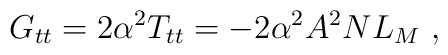
G_{tt}=2\alpha^2 T_{tt}=-2\alpha^2 A^2 N L_{M}\ ,